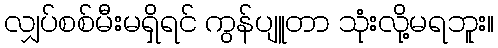
လျှပ်စစ်မီးမရှိရင် ကွန်ပျူတာ သုံးလို့မရဘူး။